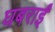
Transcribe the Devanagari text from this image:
घबराईं